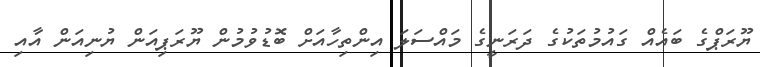
ޔޫރަޕްގެ ބައެއް ގައުމުތަކުގެ ދަރަނީގެ މައްސަލަ އިންތިހާއަށް ބޮޑުވުމުން ޔޫރަޕިއަން ޔުނިއަން އާއި